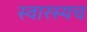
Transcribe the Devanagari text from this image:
स्वारस्यच